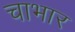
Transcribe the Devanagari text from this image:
चाभार